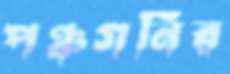
পঞ্চগনির